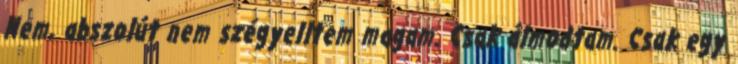
Nem, abszolút nem szégyelltem magam. Csak álmodtam. Csak egy